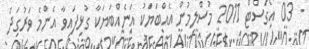
- 03 އޯގަސްޓް 2011 މުސްލިމުން އެއްބަޔަކު އަނެއްބަޔަކާ ގުޅިފައިވާ އެންމެ ވަރުގަދަ